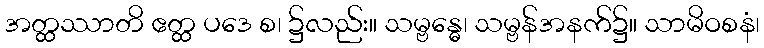
အတ္ထဿာတိ ဧတ္ထ ပဒေ စ၊ ၌လည်း။ သမ္ဗန္ဓေ၊ သမ္ဗန်အနက်၌။ သာမိဝစနံ၊